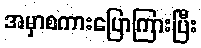
အမှာစကားပြောကြားပြီး